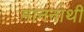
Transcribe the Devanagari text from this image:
माननाथी